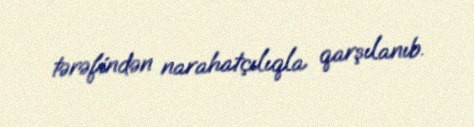
tərəfindən narahatçılıqla qarşılanıb.